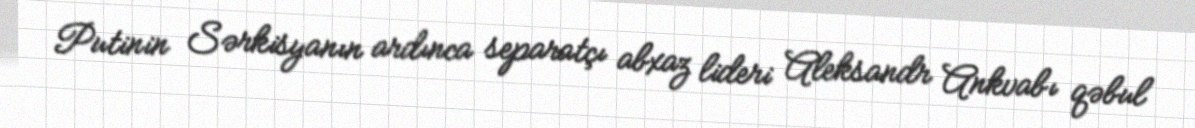
Putinin Sərkisyanın ardınca separatçı abxaz lideri Aleksandr Ankvabı qəbul